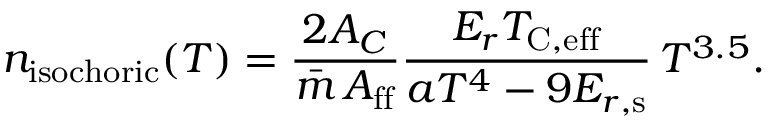
n _ { \mathrm { i s o c h o r i c } } ( T ) = \frac { 2 A _ { C } } { \bar { m } \, A _ { \mathrm { f f } } } \frac { E _ { r } T _ { \mathrm { C , e f f } } } { a T ^ { 4 } - 9 \ensuremath { E _ { r , \mathrm { s } } } } \, T ^ { 3 . 5 } .